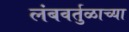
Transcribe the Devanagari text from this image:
लंबवर्तुळाच्या